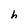
Character: h